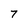
Character: 7